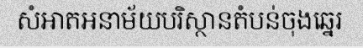
សំអាតអនាម័យបរិស្ថានតំបន់ចុងឆ្នេរ